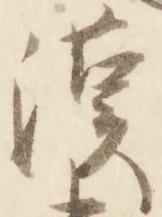
漢